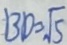
B D = \sqrt { 5 }